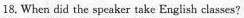
18.When did the speaker take English classes?